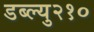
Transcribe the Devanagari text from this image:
डब्ल्यु२१०